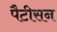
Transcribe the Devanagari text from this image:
पैटीसन